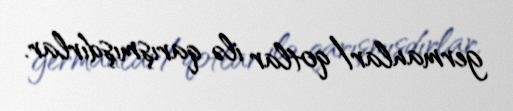
germanlar/qotlar ilə qarışmışdırlar.